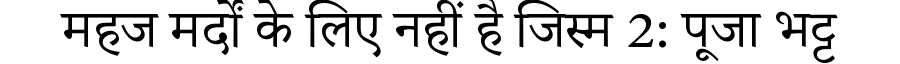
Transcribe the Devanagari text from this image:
महज मर्दों के लिए नहीं है जिस्म 2: पूजा भट्ट